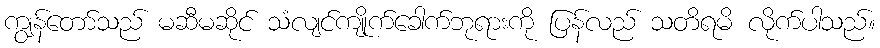
ကျွန်တော်သည် မဆီမဆိုင် သံလျင်ကျိုက်ခေါက်ဘုရားကို ပြန်လည် သတိရမိ လိုက်ပါသည်။